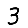
Digit: 3